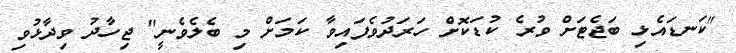
"ކަނޑައެޅި ބަޖެޓަށް ވުރެ ކުޑަކޮށް ހަރަދުވެފައިވާ ކަމަށް މި ބެލެވެނީ" ޖިހާދު ވިދާޅުވި